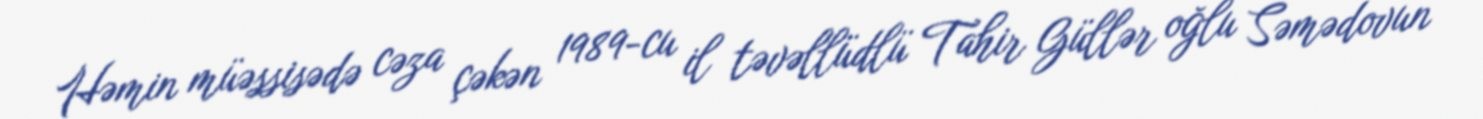
Həmin müəssisədə cəza çəkən 1989-cu il təvəllüdlü Tahir Güllər oğlu Səmədovun